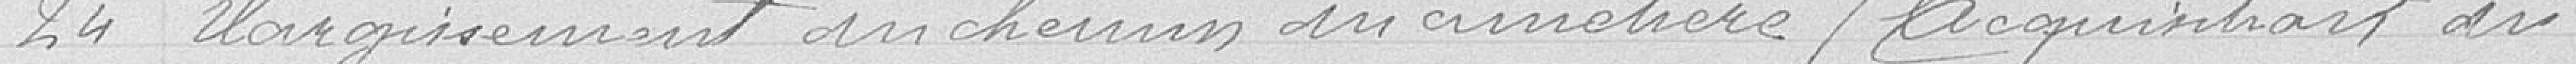
24 Elargissement d'un chemin du cimetière / Acquisition du